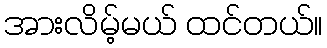
အားလိမ့်မယ် ထင်တယ်။